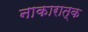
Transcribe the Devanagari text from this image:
नाकारात्क